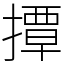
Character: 撢